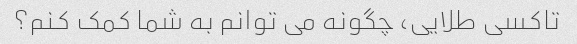
تاکسی طلایی، چگونه می توانم به شما کمک کنم؟